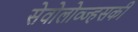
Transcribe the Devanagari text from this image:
सेवोलोव्ज्हसकी